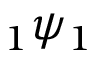
\, _ { 1 } \psi _ { 1 }